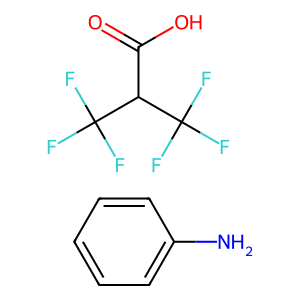
SMILES: Nc1ccccc1.O=C(O)C(C(F)(F)F)C(F)(F)F
Inhibits HIV replication: No